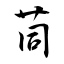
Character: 茼